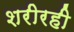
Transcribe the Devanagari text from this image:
शरीरही